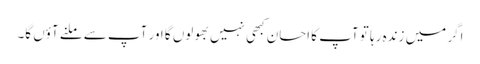
اگر میں زندہ رہا تو آپ کا احسان کبھی نہیں بھولوں گا اور آپ سے ملنے آؤں گا۔